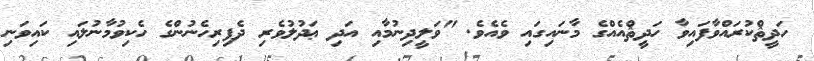
ހަދީޘްކުރައްވާފައިވާ ހަދީޘްއެއްގެ މާނައިގައި ވެއެވެ. "ވަލީދިނުމާއި އަދި ޢަދުލުވެރި ދެފިރިހެނުންގެ ހެކިވުމާނުލައި ކައިވަނި